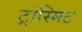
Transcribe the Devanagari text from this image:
ट्रांस्मिट